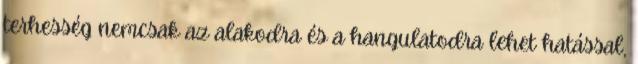
terhesség nemcsak az alakodra és a hangulatodra lehet hatással,